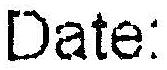
DATE: